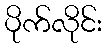
ပိုက်လိုင်း